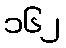
၁၆၂